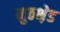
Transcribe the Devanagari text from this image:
मुठभ़ेड